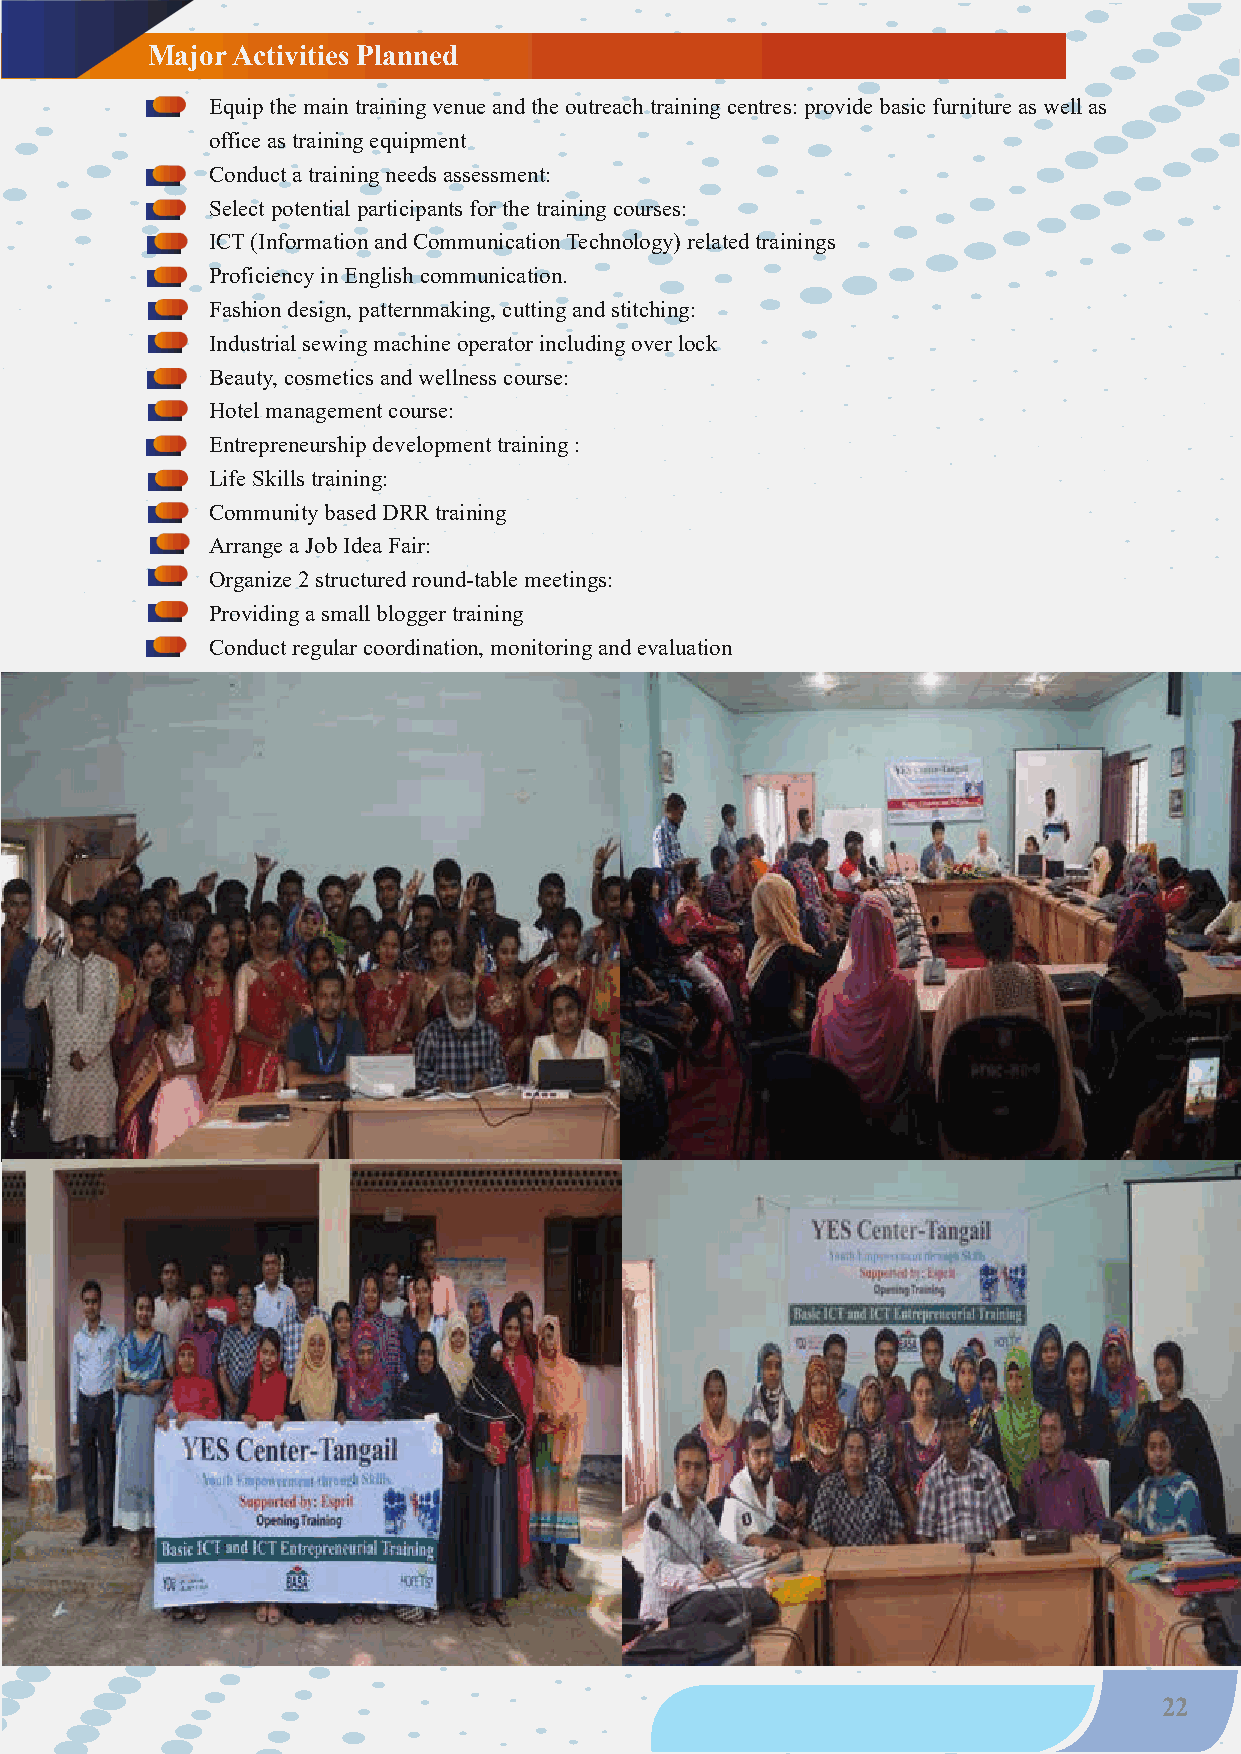
Major Activities Planned
 Equip the main training venue and the outreach training centres: provide basic furniture as well as
 office as training equipment
 Conduct a training needs assessment:
 Select potential participants for the training courses:
 ICT (Information and Communication Technology) related trainings
 Proficiency in English communication.
 Fashion design, patternmaking, cutting and stitching:
 Industrial sewing machine operator including over lock
 Beauty, cosmetics and wellness course:
 Hotel management course:
 Entrepreneurship development training :
 Life Skills training:
 Community based DRR training
 Arrange a Job Idea Fair:
 Organize 2 structured round-table meetings:
 Providing a small blogger training
 Conduct regular coordination, monitoring and evaluation
 22